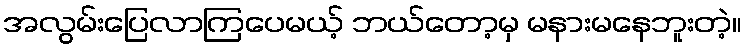
အလွမ်းပြေလာကြပေမယ့် ဘယ်တော့မှ မနားမနေဘူးတဲ့။